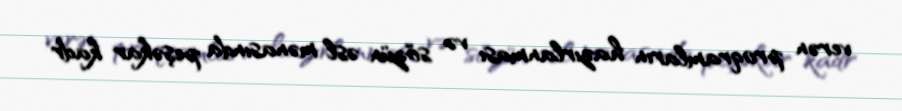
verən proqramların hazırlanması və sözün əsl mənasında peşəkar kadr